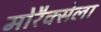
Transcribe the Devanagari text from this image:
मोरैक्सेला